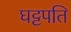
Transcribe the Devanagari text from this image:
घट्टपति